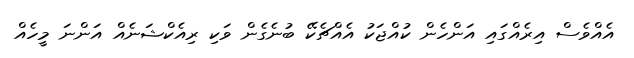
އެއްވެސް އިރެއްގައި އަންހެން ކުއްޖަކު އެއްޗެކޭ ބުނެގެން ވަކި ރިއެކްޝަނެއް އަންނަ މީހެއް